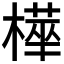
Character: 𭫿